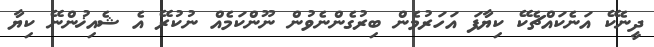
ދީނެކޭ އަނެކައްޗެކޭ ކިޔާފަ އަހަރުމެން ބިރުގެންނެވުން ނޫންކަމެއް ނުކުރޭ އެ ޝެއިޚުންނޭ ކިޔާ